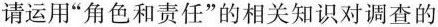
请运用“角色和责任”的相关知识对调查的